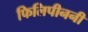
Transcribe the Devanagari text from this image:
फिलिपीननी